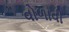
વોળાવી